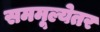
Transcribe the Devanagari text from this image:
सममूल्येतर